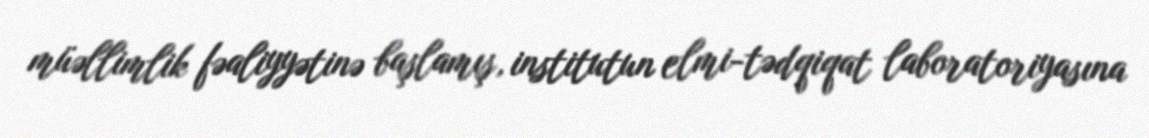
müəllimlik fəaliyyətinə başlamış, institutun elmi-tədqiqat laboratoriyasına